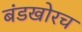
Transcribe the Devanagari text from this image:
बंडखोरच